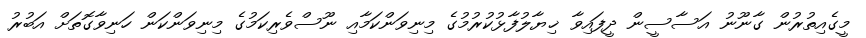
މީގެއިތުރުން ގާނޫނު އަސާސީން ދީފައިވާ ޚިޔާލުފާޅުކުރުމުގެ މިނިވަންކަމާއި ނޫސްވެރިކަމުގެ މިނިވަންކަން ހަނިވާގޮތަށް އަބުރު